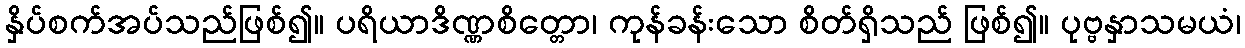
နှိပ်စက်အပ်သည်ဖြစ်၍။ ပရိယာဒိဏ္ဏစိတ္တော၊ ကုန်ခန်းသော စိတ်ရှိသည် ဖြစ်၍။ ပုဗ္ဗနှာသမယံ၊